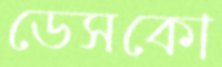
ডেসকো